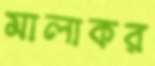
মালাকর